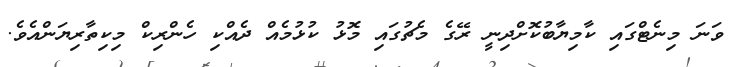
ވަނަ މިނެޓްގައި ކާމިޔާބުކޮށްދިނީ ރޭގެ މެޗުގައި މޮޅު ކުޅުމެއް ދެއްކި ހެންރިކް މިކިތާރިޔަންއެވެ.